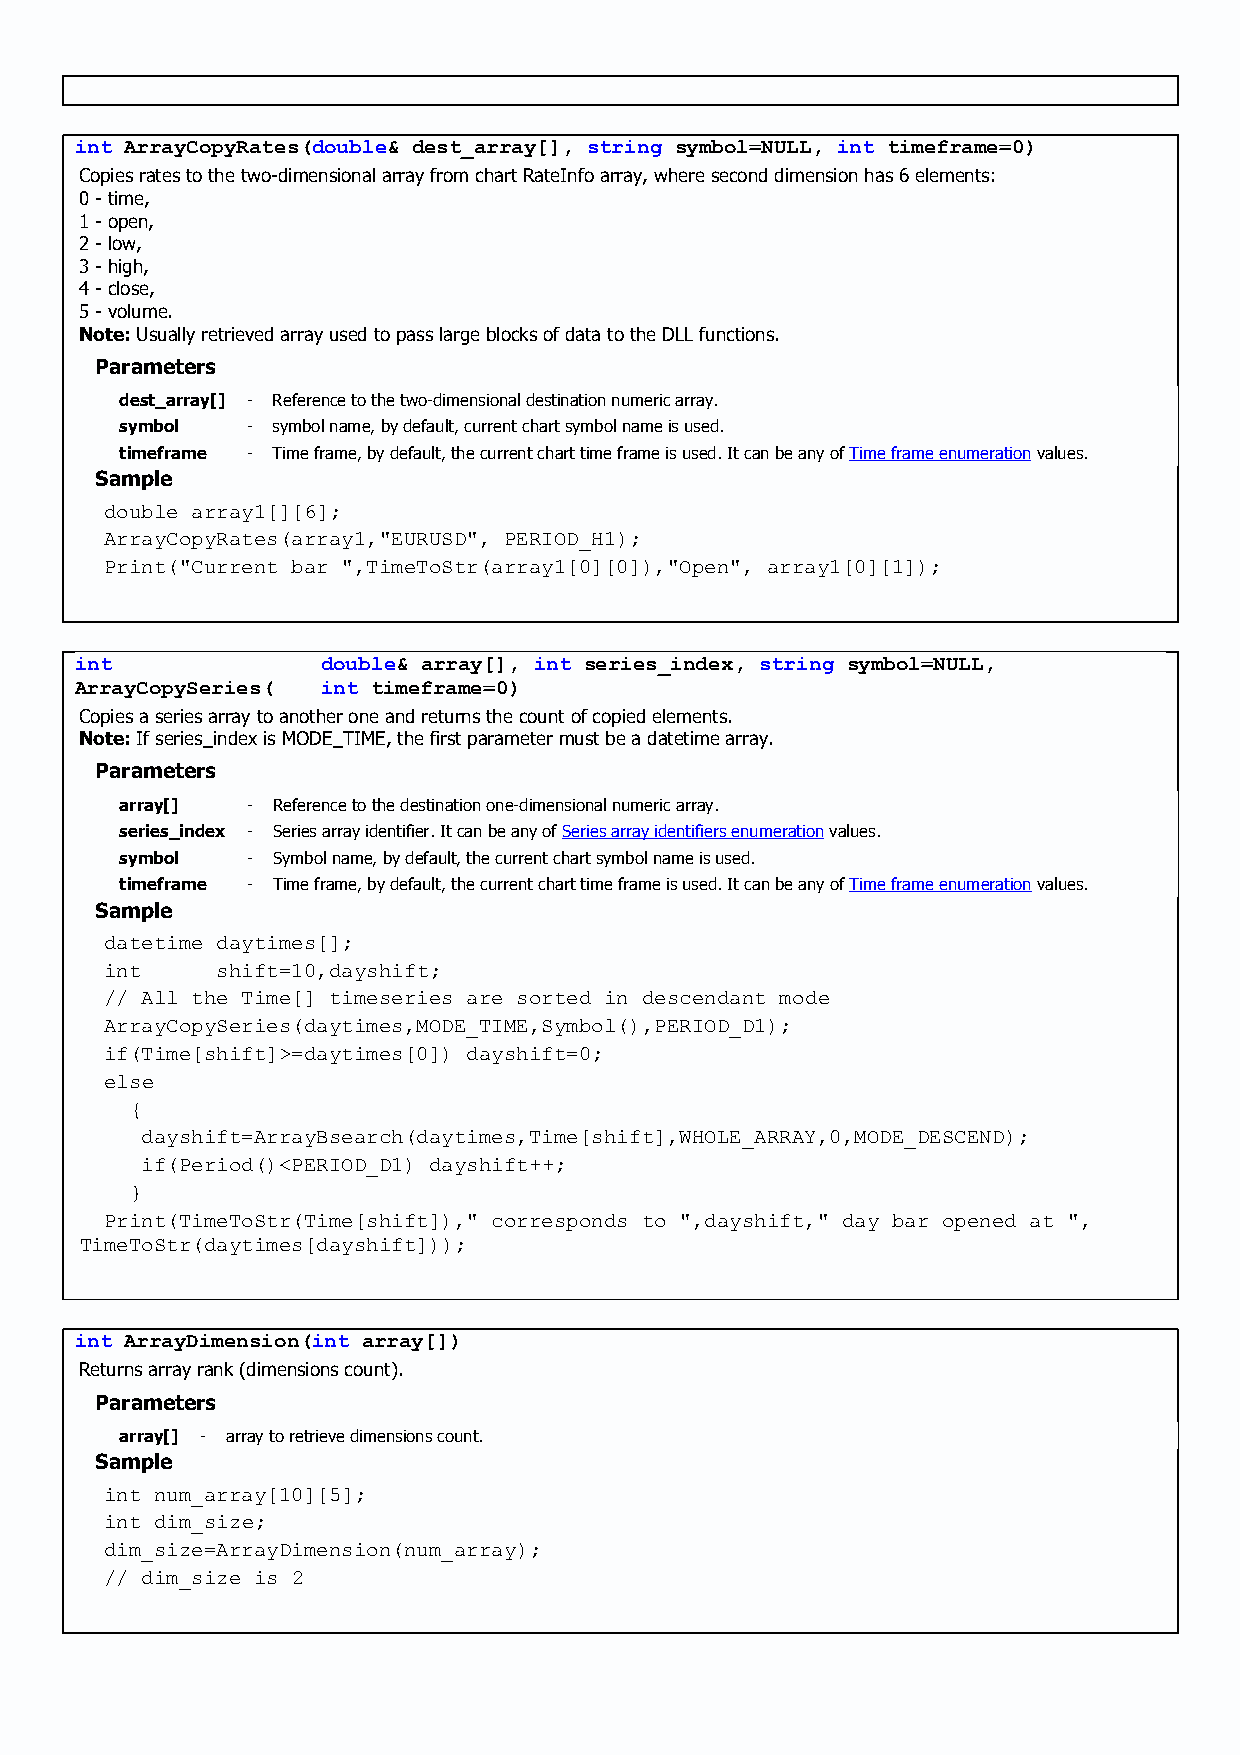
int ArrayCopyRates(double& dest_array[], string symbol=NULL, int timeframe=0)
 Copies rates to the two-dimensional array from chart RateInfo array, where second dimension has 6 elements:
 0 - time,
 1 - open,
 2 - low,
 3 - high,
 4 - close,
 5 - volume.
 Note: Usually retrieved array used to pass large blocks of data to the DLL functions.
 Parameters
 dest_array[] - Reference to the two-dimensional destination numeric array.
 symbol  - symbol name, by default, current chart symbol name is used.
 timeframe - Time frame, by default, the current chart time frame is used. It can be any of Time frame enumeration values.
 Sample
 double array1[][6];
 ArrayCopyRates(array1,"EURUSD", PERIOD_H1);
 Print("Current bar ",TimeToStr(array1[0][0]),"Open", array1[0][1]);
 int             double& array[], int series_index, string symbol=NULL,
 ArrayCopySeries( int timeframe=0)
 Copies a series array to another one and returns the count of copied elements.
 Note: If series_index is MODE_TIME, the first parameter must be a datetime array.
 Parameters
 array[] - Reference to the destination one-dimensional numeric array.
 series_index - Series array identifier. It can be any of Series array identifiers enumeration values.
 symbol  - Symbol name, by default, the current chart symbol name is used.
 timeframe - Time frame, by default, the current chart time frame is used. It can be any of Time frame enumeration values.
 Sample
 datetime daytimes[];
 int    shift=10,dayshift;
 // All the Time[] timeseries are sorted in descendant mode
 ArrayCopySeries(daytimes,MODE_TIME,Symbol(),PERIOD_D1);
 if(Time[shift]>=daytimes[0]) dayshift=0;
 else
 {
 dayshift=ArrayBsearch(daytimes,Time[shift],WHOLE_ARRAY,0,MODE_DESCEND);
 if(Period()<PERIOD_D1) dayshift++;
 }
 Print(TimeToStr(Time[shift])," corresponds to ",dayshift," day bar opened at ",
 TimeToStr(daytimes[dayshift]));
 int ArrayDimension(int array[])
 Returns array rank (dimensions count).
 Parameters
 array[] - array to retrieve dimensions count.
 Sample
 int num_array[10][5];
 int dim_size;
 dim_size=ArrayDimension(num_array);
 // dim_size is 2